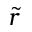
\tilde { r }